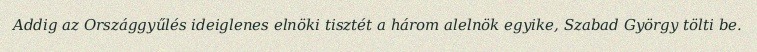
Addig az Országgyűlés ideiglenes elnöki tisztét a három alelnök egyike, Szabad György tölti be.